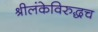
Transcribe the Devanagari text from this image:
श्रीलंकेविरुद्धच